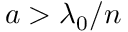
a > \lambda _ { 0 } / n